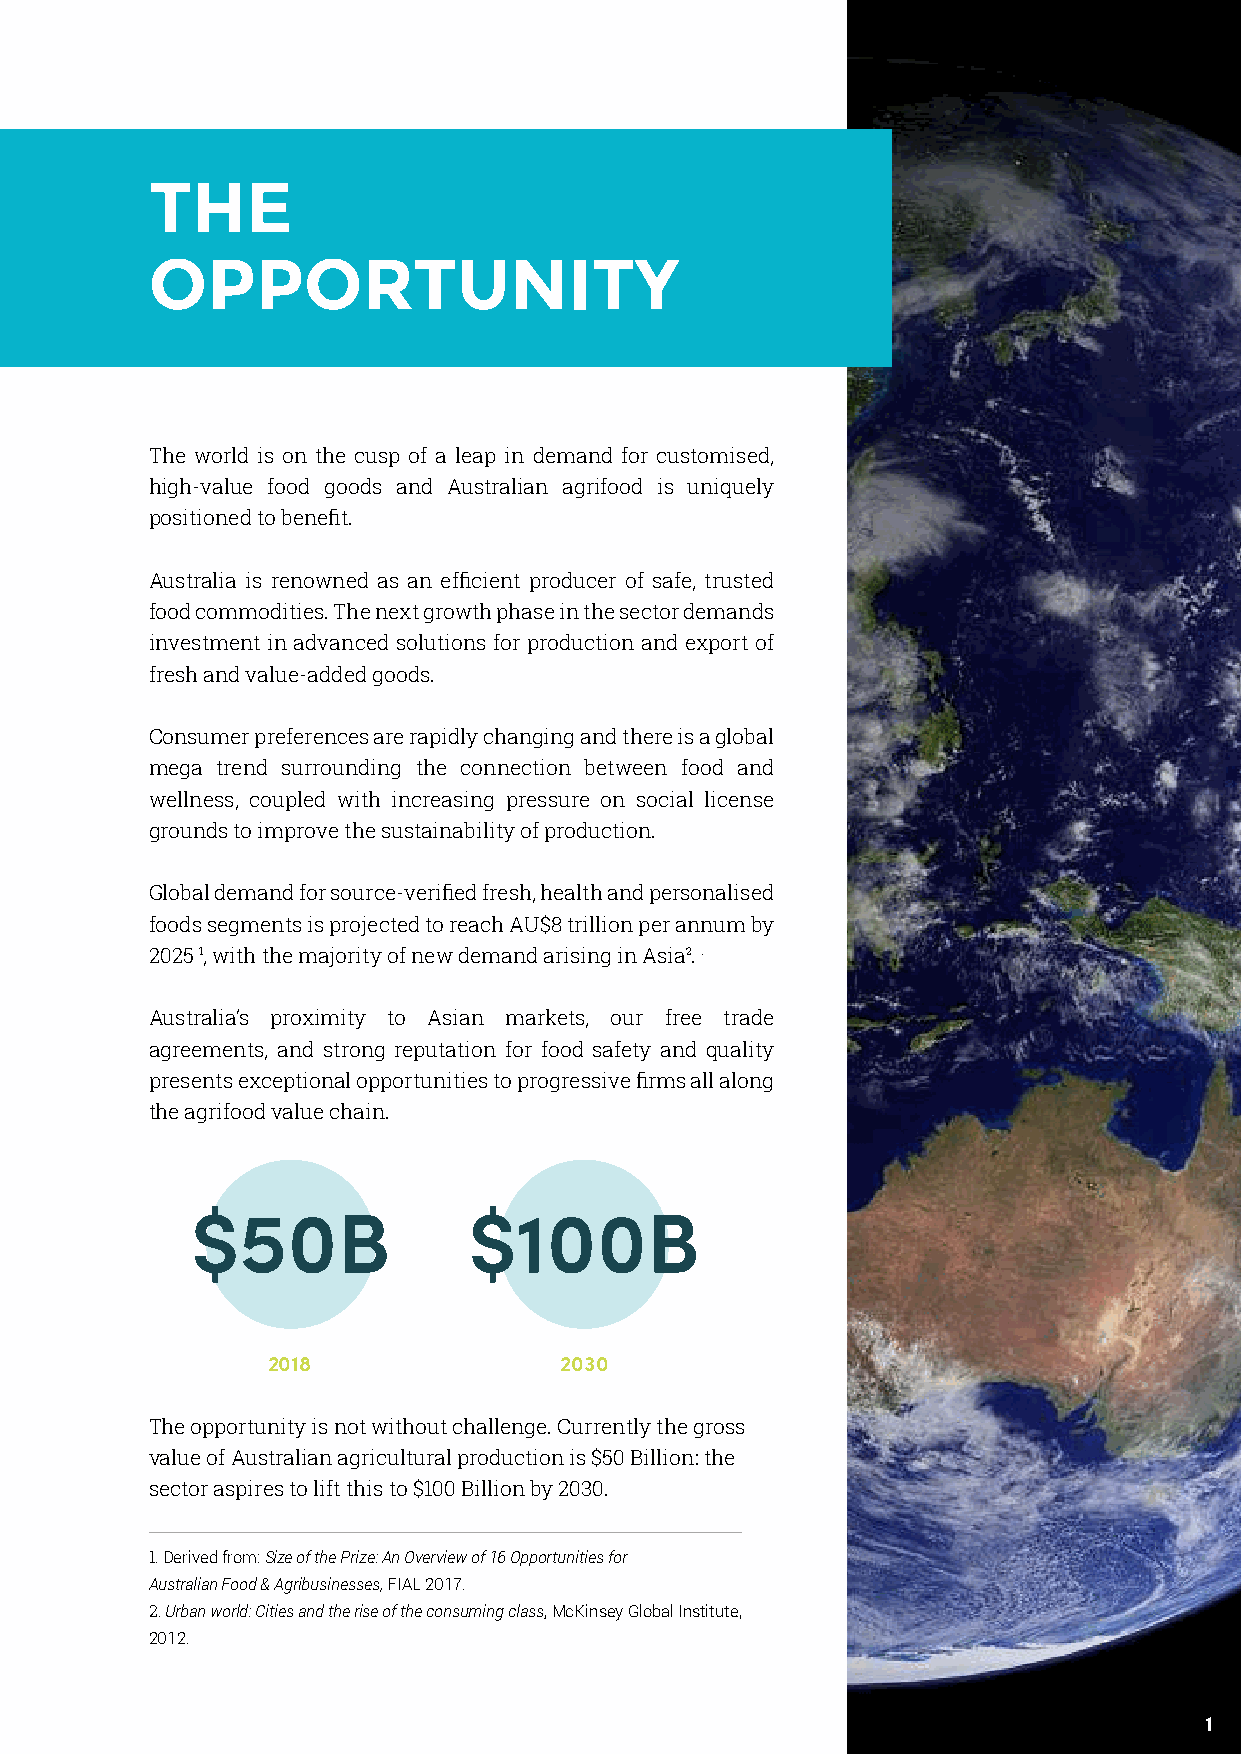
THE
 OPPORTUNITY
 The world is on the cusp of a leap in demand for customised,
 high-value food goods and Australian agrifood is uniquely
 positioned to benefit.
 Australia is renowned as an efficient producer of safe, trusted
 food commodities. The next growth phase in the sector demands
 investment in advanced solutions for production and export of
 fresh and value-added goods.
 Consumer preferences are rapidly changing and there is a global
 mega trend surrounding the connection between food and
 wellness, coupled with increasing pressure on social license
 grounds to improve the sustainability of production.
 Global demand for source-verified fresh, health and personalised
 foods segments is projected to reach AU$8 trillion per annum by
 2025 1, with the majority of new demand arising in Asia2. .
 Australia’s proximity to Asian markets, our free trade
 agreements, and strong reputation for food safety and quality
 presents exceptional opportunities to progressive firms all along
 the agrifood value chain.
 $50B              $100B
 2018               2030
 The opportunity is not without challenge. Currently the gross
 value of Australian agricultural production is $50 Billion: the
 sector aspires to lift this to $100 Billion by 2030.
 1. Derived from: Size of the Prize: An Overview of 16 Opportunities for
 Australian Food & Agribusinesses, FIAL 2017.
 2. Urban world: Cities and the rise of the consuming class, McKinsey Global Institute,
 2012.
 1